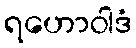
ရဟောဝါဒံ